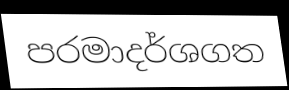
පරමාදර්ශගත